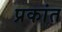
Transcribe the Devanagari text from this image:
प्रकांत